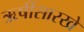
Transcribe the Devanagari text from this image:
ऋषींसारखे